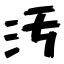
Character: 汚